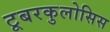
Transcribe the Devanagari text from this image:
टूबरकुलोसिस